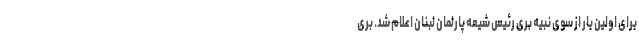
برای اولین بار از سوی نبیه بری رئیس شیعه پارلمان لبنان اعلام شد. بری